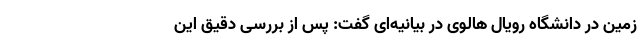
زمین در دانشگاه رویال هالوی در بیانیه‌ای گفت: پس از بررسی دقیق این